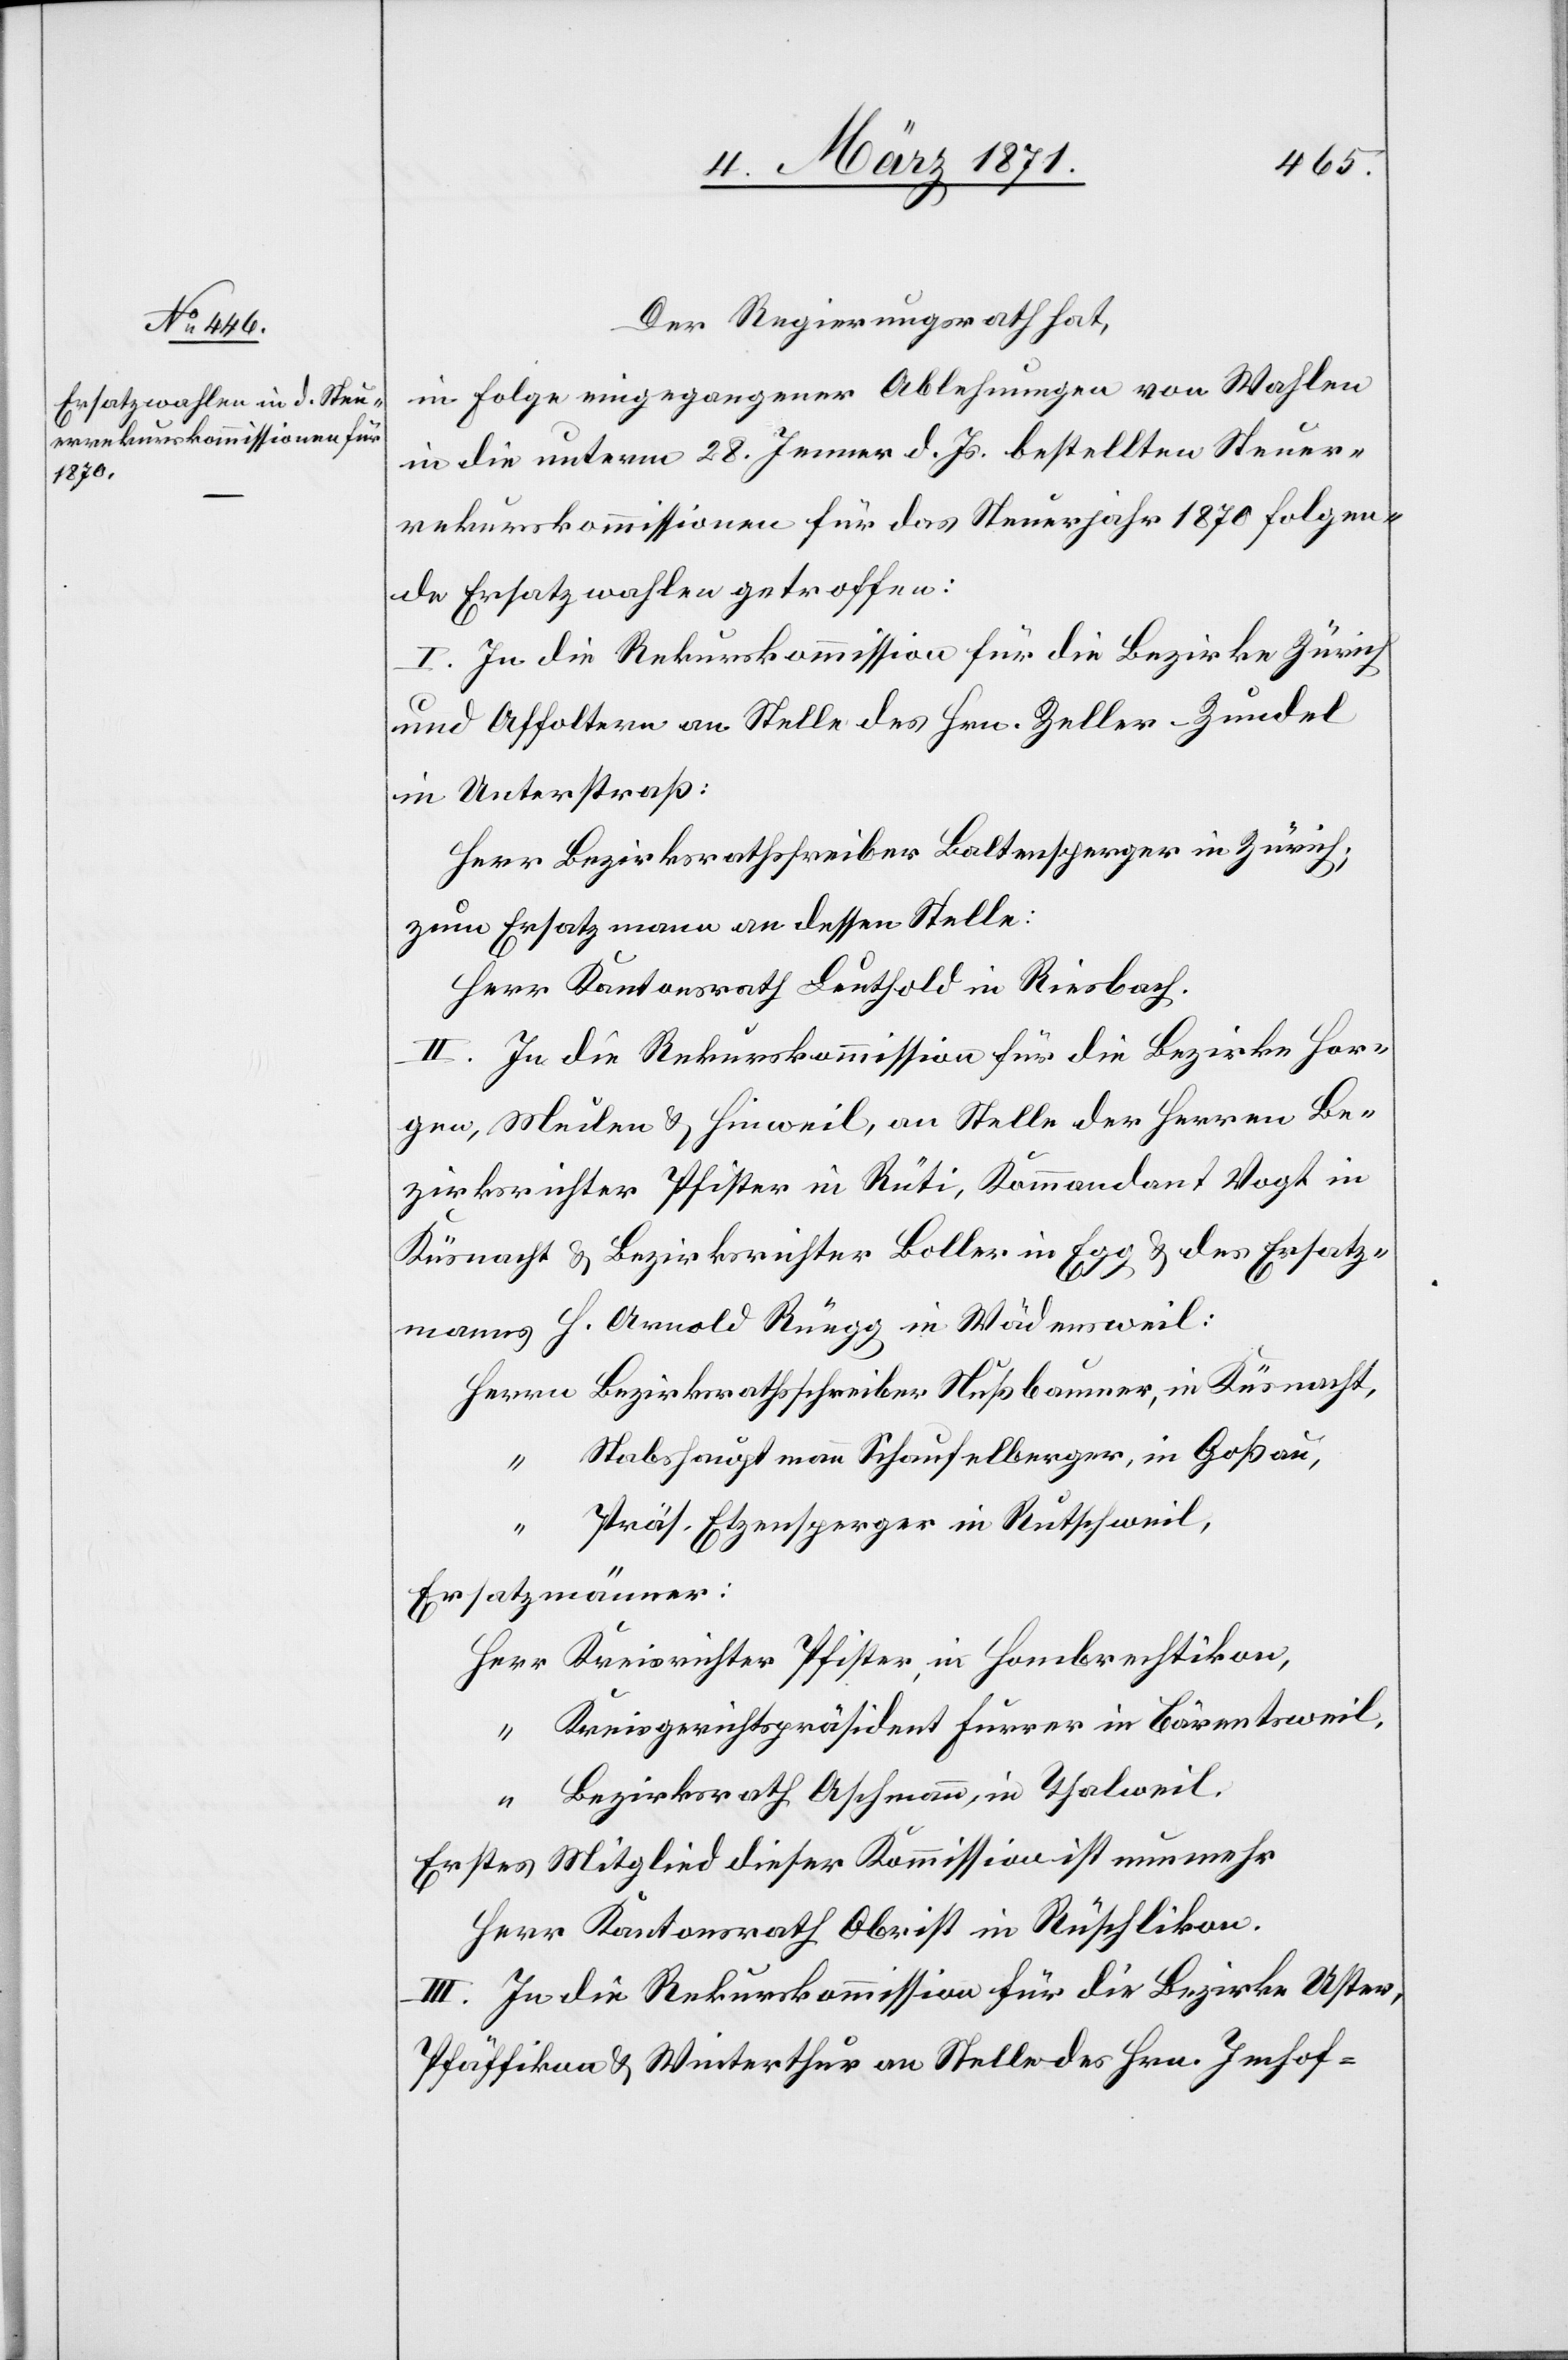
Der Regierungsrath hat,
in Folge eingegangener Ablehnungen von Wahlen
in die unterm 28. Jenner d. Js. bestellten Steuer¬
rekurskommissionen für das Steuerjahr 1870 folgen¬
de Ersatzwahlen getroffen:
I. In die Rekurskommission für die Bezirke Zürich
und Affoltern an Stelle des Hrn. Zeller-Zundel
in Unterstraß:
Herr Bezirksrathschreiber Baltensperger in Zürich;
zum Ersatzmann an dessen Stelle:
Herr Kantonsrath Leuthold in Riesbach.
II. In die Rekurskommission für die Bezirke Hor¬
gen, Meilen u. Hinweil, an Stelle der Herren Be¬
zirksrichter Pfister in Rüti, Kommandant Vogt in
Küsnacht u. Bezirksrichter Boller in Egg u. des Ersatz¬
manns H. Arnold Rüegg in Wädensweil:
Stabshauptmann Schaufelberger, in Goßau,
Präs. Etzensperger in Rutschweil,
Ersatzmänner:
Kreisrichter Pfister, in Hombrechtikon,
Kreisgerichtspräsident Furrer in Bärentsweil,
Bezirksrath Aschmann, in Thalweil.
Erstes Mitglied dieser Kommission ist nunmehr
Herr Kantonsrath Obrist in Rüschlikon.
III. In die Rekurskommission für die Bezirke Uster,
Pfäffikon u. Winterthur an Stelle des Hrn. Imhof-